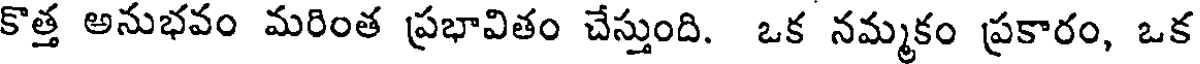
కొత్త అనుభవం మరింత ప్రభావితం చేస్తుంది. ఒక నమ్మకం ప్రకారం, ఒక